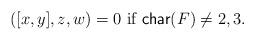
LaTeX: \begin{align*}([x,y],z,w)=0 \mbox{ if } \mathsf{char}(F)\neq 2, 3.\end{align*}